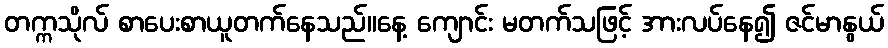
တက္ကသိုလ် စာပေးစာယူတက်နေသည်။နေ့ ကျောင်း မတက်သဖြင့် အားလပ်နေ၍ ဇင်မာနွယ်